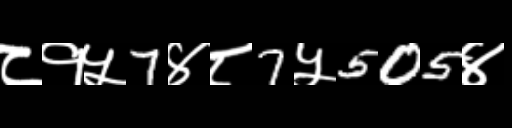
Text: ८१५7४८7५505४